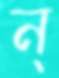
ন্